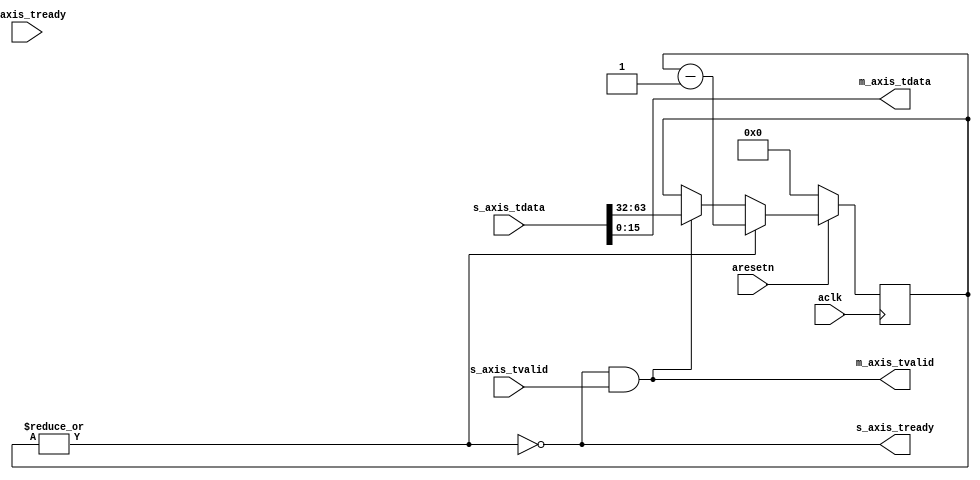
module axis_pulse_generator
(
  input  wire        aclk,
  input  wire        aresetn,
  output wire        s_axis_tready,
  input  wire [63:0] s_axis_tdata,
  input  wire        s_axis_tvalid,
  input  wire        m_axis_tready,
  output wire [15:0] m_axis_tdata,
  output wire        m_axis_tvalid
);
  reg [31:0] int_cntr_reg, int_cntr_next;
  wire int_enbl_wire, int_tready_wire, int_tvalid_wire;
  assign int_enbl_wire = |int_cntr_reg;
  assign int_tready_wire = ~int_enbl_wire;
  assign int_tvalid_wire = int_tready_wire & s_axis_tvalid;
  always @(posedge aclk)
  begin
    if(~aresetn)
    begin
      int_cntr_reg <= 32'd0;
    end
    else
    begin
      int_cntr_reg <= int_cntr_next;
    end
  end
  always @*
  begin
    int_cntr_next = int_cntr_reg;
    if(int_tvalid_wire)
    begin
      int_cntr_next = s_axis_tdata[63:32];
    end
    if(int_enbl_wire)
    begin
      int_cntr_next = int_cntr_reg - 1'b1;
    end
  end
  assign s_axis_tready = int_tready_wire;
  assign m_axis_tdata = s_axis_tdata[15:0];
  assign m_axis_tvalid = int_tvalid_wire;
endmodule